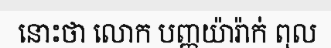
នោះថា លោក បញ្ញយ៉ារ៉ាក់ ពុល